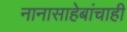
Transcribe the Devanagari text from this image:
नानासाहेबांचाही